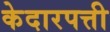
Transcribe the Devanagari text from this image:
केदारपत्ती